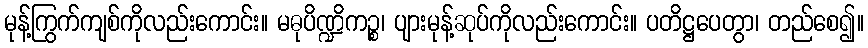
မုန့်ကြွက်ကျစ်ကိုလည်းကောင်း။ မဓုပိဏ္ဍိကဉ္စ၊ ပျားမုန့်ဆုပ်ကိုလည်းကောင်း။ ပတိဋ္ဌပေတွာ၊ တည်စေ၍။